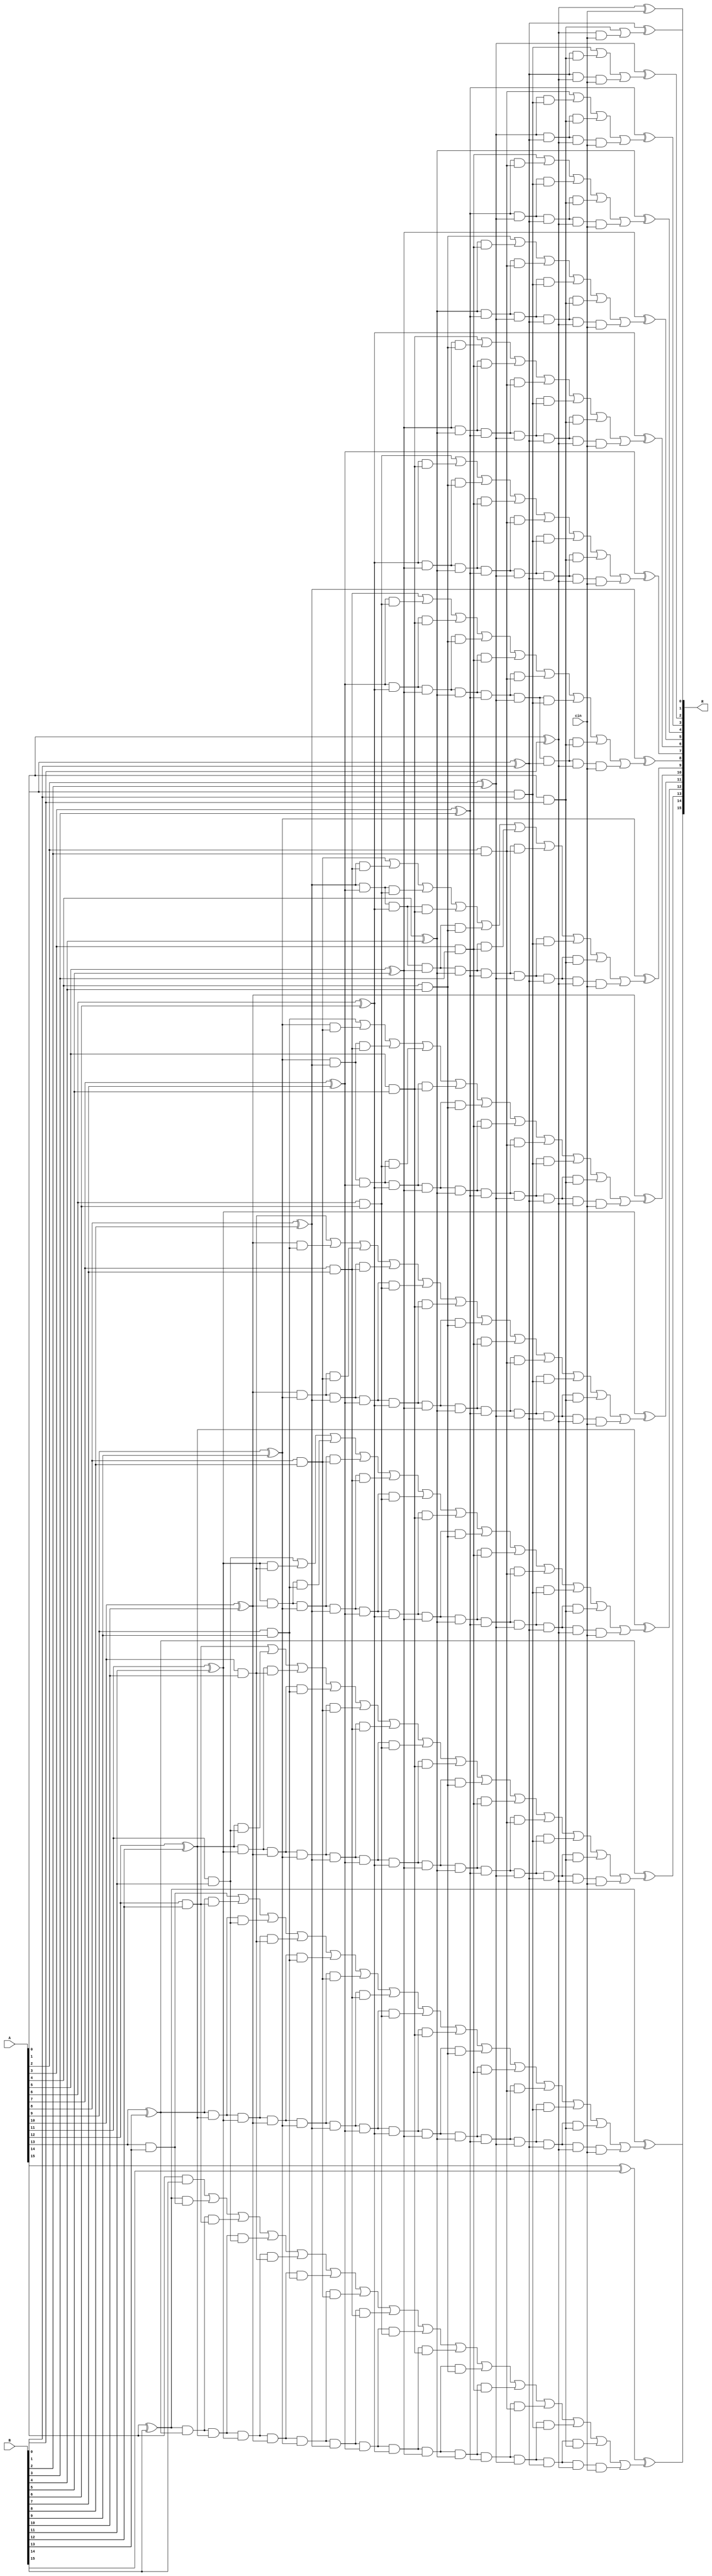
module carry_look_ahead_adder_cin
(
input [15:0] A, B,
input cin,
output [15:0] R
);
wire p0,  p1,  p2,  p3,  p4,  p5,  p6,  p7,  p8,  p9,  p10, p11, p12, p13, p14, p15; 
wire g0,  g1,  g2,  g3,  g4,  g5,  g6,  g7,  g8,  g9,  g10, g11, g12, g13, g14, g15; 
wire c0,  c1,  c2,  c3,  c4,  c5,  c6,  c7,  c8,  c9,  c10, c11, c12, c13, c14, c15; 

assign p0 = A[0] ^ B[0];
assign p1 = A[1] ^ B[1];
assign p2 = A[2] ^ B[2];
assign p3 = A[3] ^ B[3];
assign p4 = A[4] ^ B[4];
assign p5 = A[5] ^ B[5];
assign p6 = A[6] ^ B[6];
assign p7 = A[7] ^ B[7];
assign p8 = A[8] ^ B[8];
assign p9 = A[9] ^ B[9];
assign p10 = A[10] ^ B[10];
assign p11 = A[11] ^ B[11];
assign p12 = A[12] ^ B[12];
assign p13 = A[13] ^ B[13];
assign p14 = A[14] ^ B[14];
assign p15 = A[15] ^ B[15];

assign g0 = A[0] & B[0];
assign g1 = A[1] & B[1];
assign g2 = A[2] & B[2];
assign g3 = A[3] & B[3];
assign g4 = A[4] & B[4];
assign g5 = A[5] & B[5];
assign g6 = A[6] & B[6];
assign g7 = A[7] & B[7];
assign g8 = A[8] & B[8];
assign g9 = A[9] & B[9];
assign g10 = A[10] & B[10];
assign g11 = A[11] & B[11];
assign g12 = A[12] & B[12];
assign g13 = A[13] & B[13];
assign g14 = A[14] & B[14];
//assign g15 = A[15] & B[15];

assign c0 = cin;
assign c1 = g0 | (p0 & cin);
assign c2 = g1 | (p1 & g0) | (p1 & p0 & cin);
assign c3 = g2 | (p2 & g1) | (p2 & p1 & g0) | (p2 & p1 & p0 & cin);
assign c4 = g3 | (p3 & g2) | (p3 & p2 & g1) | (p3 & p2 & p1 & g0) | (p3 & p2 & p1 & p0 & cin);
assign c5 = g4 | (p4 & g3) | (p4 & p3 & g2) | (p4 & p3 & p2 & g1) | (p4 & p3 & p2 & p1 & g0) | (p4 & p3 & p2 & p1 & p0 & cin);
assign c6 = g5 | (p5 & g4) | (p5 & p4 & g3) | (p5 & p4 & p3 & g2) | (p5 & p4 & p3 & p2 & g1) | (p5 & p4 & p3 & p2 & p1 & g0) | (p5 & p4 & p3 & p2 & p1 & p0 & cin);
assign c7 = g6 | (p6 & g5) | (p6 & p5 & g4) | (p6 & p5 & p4 & g3) | (p6 & p5 & p4 & p3 & g2) | (p6 & p5 & p4 & p3 & p2 & g1) | (p6 & p5 & p4 & p3 & p2 & p1 & g0) | (p6 & p5 & p4 & p3 & p2 & p1 & p0 & cin);
assign c8 = g7 | (p7 & g6) | (p7 & p6 & g5) | (p7 & p6 & p5 & g4) | (p7 & p6 & p5 & p4 & g3) | (p7 & p6 & p5 & p4 & p3 & g2) | (p7 & p6 & p5 & p4 & p3 & p2 & g1) | (p7 & p6 & p5 & p4 & p3 & p2 & p1 & g0) | (p7 & p6 & p5 & p4 & p3 & p2 & p1 & p0 & cin);
assign c9 = g8 | (p8 & g7) | (p8 & p7 & g6) | (p8 & p7 & p6 & g5) | (p8 & p7 & p6 & p5 & g4) | (p8 & p7 & p6 & p5 & p4 & g3) | (p8 & p7 & p6 & p5 & p4 & p3 & g2) | (p8 & p7 & p6 & p5 & p4 & p3 & p2 & g1) | (p8 & p7 & p6 & p5 & p4 & p3 & p2 & p1 & g0) | (p8 & p7 & p6 & p5 & p4 & p3 & p2 & p1 & p0 & cin);
assign c10 = g9 | (p9 & g8) | (p9 & p8 & g7) | (p9 & p8 & p7 & g6) | (p9 & p8 & p7 & p6 & g5) | (p9 & p8 & p7 & p6 & p5 & g4) | (p9 & p8 & p7 & p6 & p5 & p4 & g3) | (p9 & p8 & p7 & p6 & p5 & p4 & p3 & g2) | (p9 & p8 & p7 & p6 & p5 & p4 & p3 & p2 & g1) | (p9 & p8 & p7 & p6 & p5 & p4 & p3 & p2 & p1 & g0) | (p9 & p8 & p7 & p6 & p5 & p4 & p3 & p2 & p1 & p0 & cin);
assign c11 = g10 | (p10 & g9) | (p10 & p9 & g8) | (p10 & p9 & p8 & g7) | (p10 & p9 & p8 & p7 & g6) | (p10 & p9 & p8 & p7 & p6 & g5) | (p10 & p9 & p8 & p7 & p6 & p5 & g4) | (p10 & p9 & p8 & p7 & p6 & p5 & p4 & g3) | (p10 & p9 & p8 & p7 & p6 & p5 & p4 & p3 & g2) | (p10 & p9 & p8 & p7 & p6 & p5 & p4 & p3 & p2 & g1) | (p10 & p9 & p8 & p7 & p6 & p5 & p4 & p3 & p2 & p1 & g0) | (p10 & p9 & p8 & p7 & p6 & p5 & p4 & p3 & p2 & p1 & p0 & cin);
assign c12 = g11 | (p11 & g10) | (p11 & p10 & g9) | (p11 & p10 & p9 & g8) | (p11 & p10 & p9 & p8 & g7) | (p11 & p10 & p9 & p8 & p7 & g6) | (p11 & p10 & p9 & p8 & p7 & p6 & g5) | (p11 & p10 & p9 & p8 & p7 & p6 & p5 & g4) | (p11 & p10 & p9 & p8 & p7 & p6 & p5 & p4 & g3) | (p11 & p10 & p9 & p8 & p7 & p6 & p5 & p4 & p3 & g2) | (p11 & p10 & p9 & p8 & p7 & p6 & p5 & p4 & p3 & p2 & g1) | (p11 & p10 & p9 & p8 & p7 & p6 & p5 & p4 & p3 & p2 & p1 & g0) | (p11 & p10 & p9 & p8 & p7 & p6 & p5 & p4 & p3 & p2 & p1 & p0 & cin);
assign c13 = g12 | (p12 & g11) | (p12 & p11 & g10) | (p12 & p11 & p10 & g9) | (p12 & p11 & p10 & p9 & g8) | (p12 & p11 & p10 & p9 & p8 & g7) | (p12 & p11 & p10 & p9 & p8 & p7 & g6) | (p12 & p11 & p10 & p9 & p8 & p7 & p6 & g5) | (p12 & p11 & p10 & p9 & p8 & p7 & p6 & p5 & g4) | (p12 & p11 & p10 & p9 & p8 & p7 & p6 & p5 & p4 & g3) | (p12 & p11 & p10 & p9 & p8 & p7 & p6 & p5 & p4 & p3 & g2) | (p12 & p11 & p10 & p9 & p8 & p7 & p6 & p5 & p4 & p3 & p2 & g1) | (p12 & p11 & p10 & p9 & p8 & p7 & p6 & p5 & p4 & p3 & p2 & p1 & g0) | (p12 & p11 & p10 & p9 & p8 & p7 & p6 & p5 & p4 & p3 & p2 & p1 & p0 & cin);
assign c14 = g13 | (p13 & g12) | (p13 & p12 & g11) | (p13 & p12 & p11 & g10) | (p13 & p12 & p11 & p10 & g9) | (p13 & p12 & p11 & p10 & p9 & g8) | (p13 & p12 & p11 & p10 & p9 & p8 & g7) | (p13 & p12 & p11 & p10 & p9 & p8 & p7 & g6) | (p13 & p12 & p11 & p10 & p9 & p8 & p7 & p6 & g5) | (p13 & p12 & p11 & p10 & p9 & p8 & p7 & p6 & p5 & g4) | (p13 & p12 & p11 & p10 & p9 & p8 & p7 & p6 & p5 & p4 & g3) | (p13 & p12 & p11 & p10 & p9 & p8 & p7 & p6 & p5 & p4 & p3 & g2) | (p13 & p12 & p11 & p10 & p9 & p8 & p7 & p6 & p5 & p4 & p3 & p2 & g1) | (p13 & p12 & p11 & p10 & p9 & p8 & p7 & p6 & p5 & p4 & p3 & p2 & p1 & g0) | (p13 & p12 & p11 & p10 & p9 & p8 & p7 & p6 & p5 & p4 & p3 & p2 & p1 & p0 & cin);
assign c15 = g14 | (p14 & g13) | (p14 & p13 & g12) | (p14 & p13 & p12 & g11) | (p14 & p13 & p12 & p11 & g10) | (p14 & p13 & p12 & p11 & p10 & g9) | (p14 & p13 & p12 & p11 & p10 & p9 & g8) | (p14 & p13 & p12 & p11 & p10 & p9 & p8 & g7) | (p14 & p13 & p12 & p11 & p10 & p9 & p8 & p7 & g6) | (p14 & p13 & p12 & p11 & p10 & p9 & p8 & p7 & p6 & g5) | (p14 & p13 & p12 & p11 & p10 & p9 & p8 & p7 & p6 & p5 & g4) | (p14 & p13 & p12 & p11 & p10 & p9 & p8 & p7 & p6 & p5 & p4 & g3) | (p14 & p13 & p12 & p11 & p10 & p9 & p8 & p7 & p6 & p5 & p4 & p3 & g2) | (p14 & p13 & p12 & p11 & p10 & p9 & p8 & p7 & p6 & p5 & p4 & p3 & p2 & g1) | (p14 & p13 & p12 & p11 & p10 & p9 & p8 & p7 & p6 & p5 & p4 & p3 & p2 & p1 & g0) | (p14 & p13 & p12 & p11 & p10 & p9 & p8 & p7 & p6 & p5 & p4 & p3 & p2 & p1 & p0 & cin);

assign R[0] = p0 ^ c0;
assign R[1] = p1 ^ c1;
assign R[2] = p2 ^ c2;
assign R[3] = p3 ^ c3;
assign R[4] = p4 ^ c4;
assign R[5] = p5 ^ c5;
assign R[6] = p6 ^ c6;
assign R[7] = p7 ^ c7;
assign R[8] = p8 ^ c8;
assign R[9] = p9 ^ c9;
assign R[10] = p10 ^ c10;
assign R[11] = p11 ^ c11;
assign R[12] = p12 ^ c12;
assign R[13] = p13 ^ c13;
assign R[14] = p14 ^ c14;
assign R[15] = p15 ^ c15;

endmodule